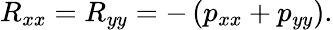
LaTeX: R_{xx}=R_{yy}=-\left(p_{xx}+p_{yy}\right).